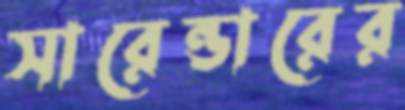
সারেন্ডারের